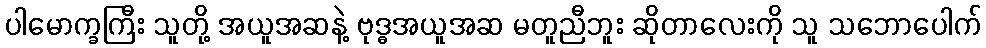
ပါမောက္ခကြီး သူတို့ အယူအဆနဲ့ ဗုဒ္ဓအယူအဆ မတူညီဘူး ဆိုတာလေးကို သူ သဘောပေါက်